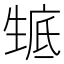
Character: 𤯰